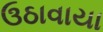
ઉઠાવાયા